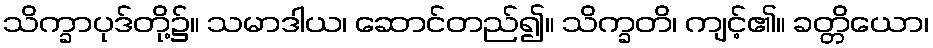
သိက္ခာပုဒ်တို့၌။ သမာဒါယ၊ ဆောင်တည်၍။ သိက္ခတိ၊ ကျင့်၏။ ခတ္တိယော၊